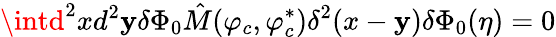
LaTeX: \intd^{2}xd^{2}\mathbf{y}\delta\Phi_{0}\hat{{M}}(\varphi_{c},\varphi_{c}^{\ast})\delta^{2}(x-\mathbf{y})\delta\Phi_{0}(\eta)=0